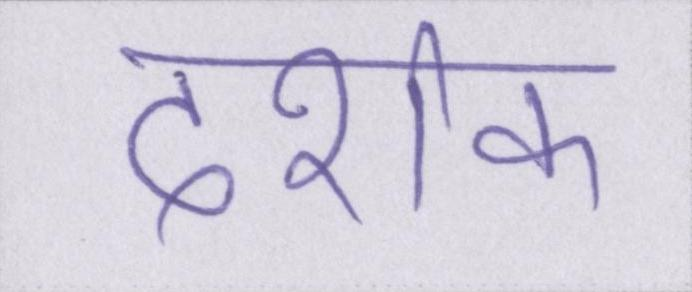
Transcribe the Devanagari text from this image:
दर्शक